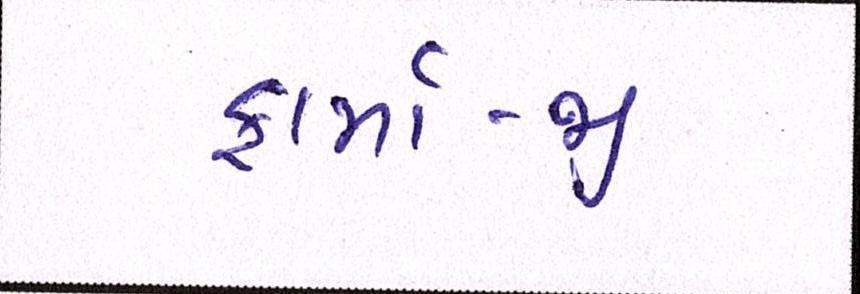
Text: ફાર્મા-જી